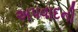
અપવાદની